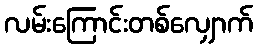
လမ်းကြောင်းတစ်လျှောက်